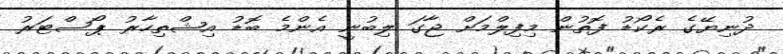
ދުނިޔޭގެ ރެކޯޑު ފޮތުން މިފިލްމަށް ޖާގަ ލިބުނީ އެންމެ ބޮޑު އިޝްތިހާރު ޕޯސްޓަރު